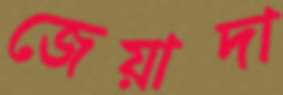
জেয়াদা